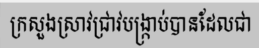
ក្រសួងស្រាវជ្រាវបង្ក្រាប់បានដែលជា